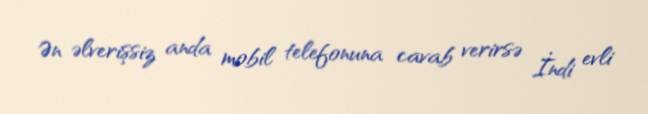
Ən əlverişsiz anda mobil telefonuna cavab verirsə İndi evli